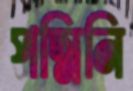
পদ্মিনি